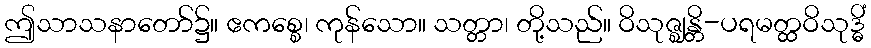
ဤသာသနာတော်၌။ ဧကစ္စေ၊ ကုန်သော။ သတ္တာ၊ တို့သည်။ ဝိသုဇ္ဈန္တိ-ပရမတ္ထဝိသုဒ္ဓိံ